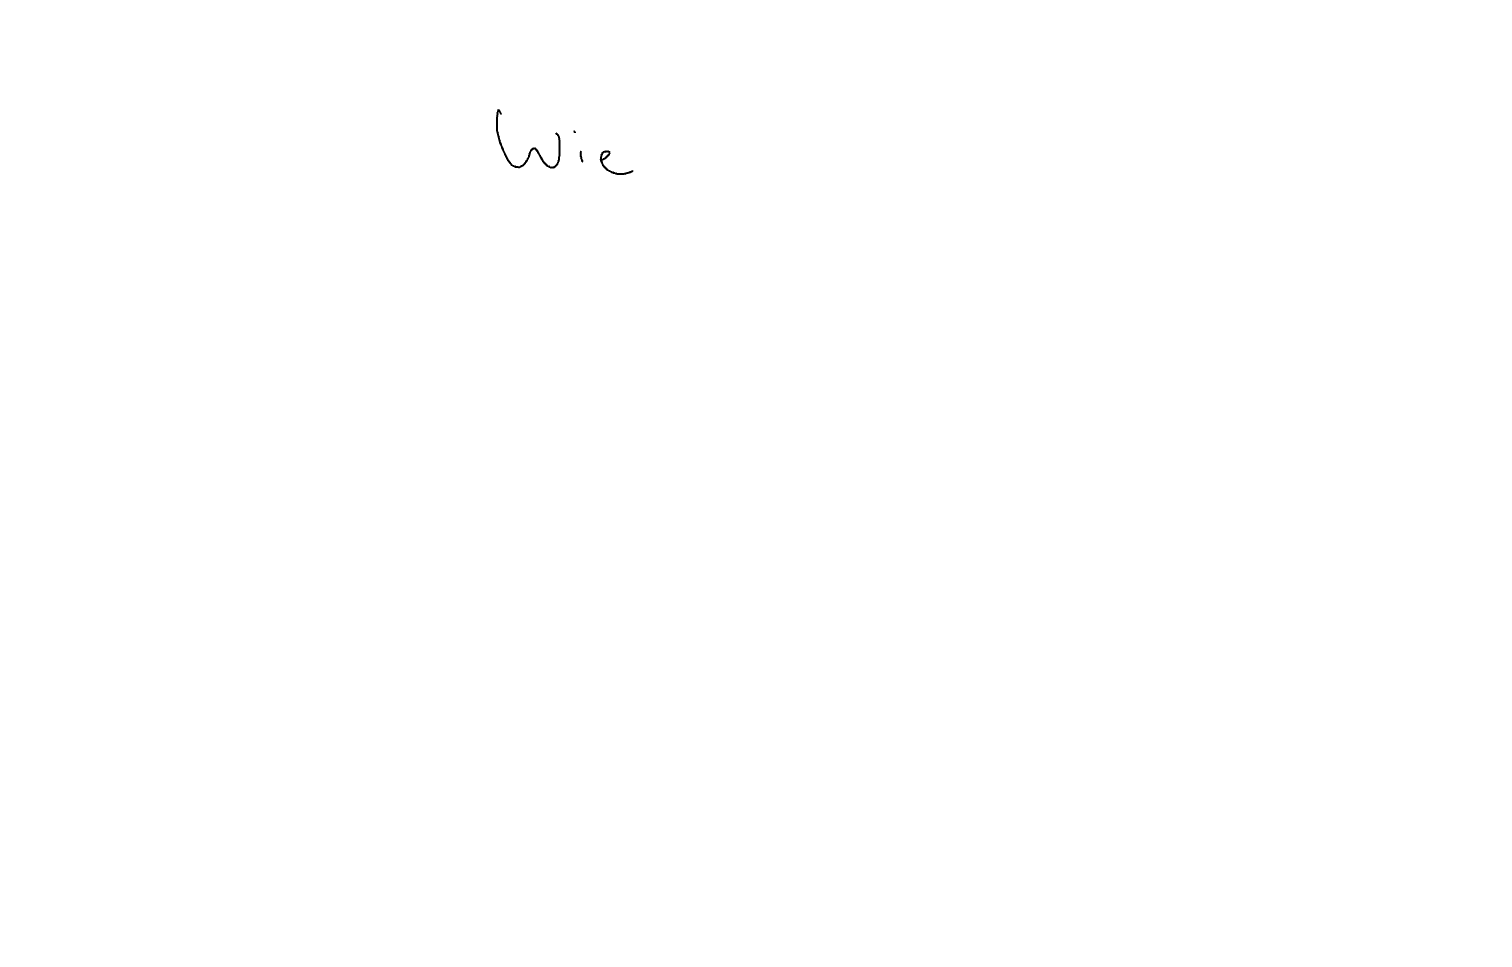
Text: Wie